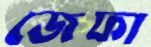
জেফা